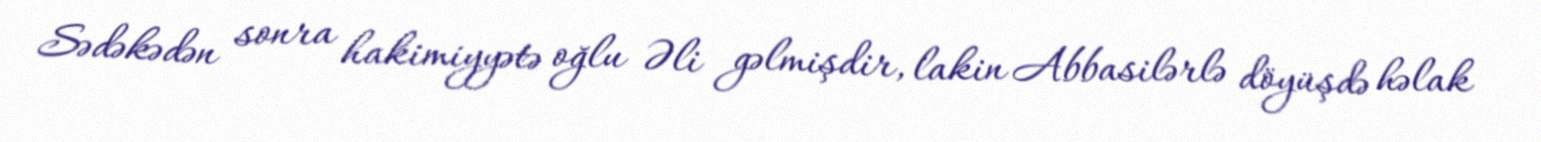
Sədəkədən sonra hakimiyyətə oğlu Əli gəlmişdir, lakin Abbasilərlə döyüşdə həlak